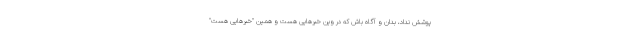
پوشش نداد، بدان و آگاه باش که در وین خبرهایی هست و همین "خبرهایی هست"